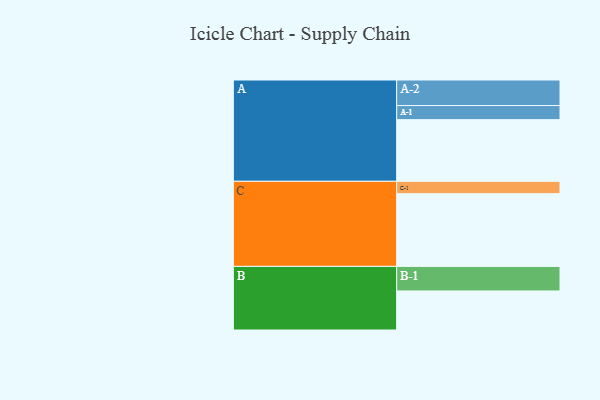
{"axis": {"x": "Segment", "y": "Value"}, "legend": ["", "A", "B", "C"], "data": [{"x": "A", "y": 502, "type": ""}, {"x": "B", "y": 318, "type": ""}, {"x": "C", "y": 592, "type": ""}, {"x": "A-1", "y": 115, "type": "A"}, {"x": "A-2", "y": 208, "type": "A"}, {"x": "B-1", "y": 200, "type": "B"}, {"x": "C-1", "y": 101, "type": "C"}]}